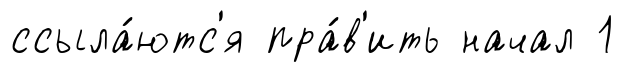
ссыла́ютс'я пра́в'ить начал 1